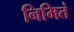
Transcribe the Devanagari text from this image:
निमितं